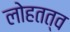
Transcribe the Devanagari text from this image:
लोहतत्व